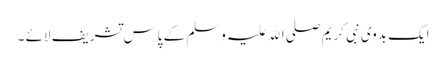
ایک بدوی نبی کریم صلی اﷲ علیہ وسلم کے پاس تشریف لائے ۔